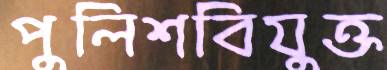
পুলিশবিযুক্ত